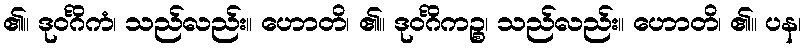
၏။ ဒုဝင်္ဂိကံ၊ သည်လည်း။ ဟောတိ၊ ၏။ ဒုဝင်္ဂိကဉ္စ၊ သည်လည်း။ ဟောတိ၊ ၏။ ပန၊